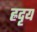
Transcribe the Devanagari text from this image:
ह्रदृय